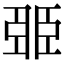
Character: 臦